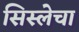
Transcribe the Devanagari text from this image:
सिस्लेचा